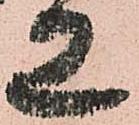
工